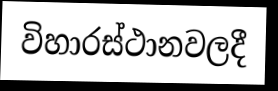
විහාරස්ථානවලදී